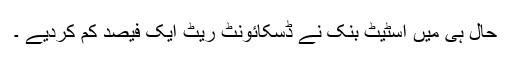
حال ہی میں اسٹیٹ بنک نے ڈسکائونٹ ریٹ ایک فیصد کم کردیے ۔